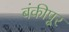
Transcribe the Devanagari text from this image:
बंकीपूर